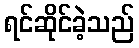
ရင်ဆိုင်ခဲ့သည်